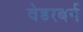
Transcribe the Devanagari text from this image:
वेडरबर्न